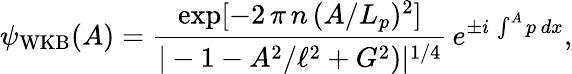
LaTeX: \psi_{\mathrm{WKB}}(A)=\frac{\exp[-2\, \pi\, n\, (A/L_{p})^{2}]}{|-1-A^{2}/\ell^{2}+G^{2})|^{1/4}}\, e^{\pm i\, \int^{A}p\, dx},